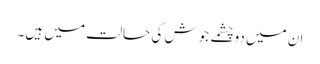
ان میں دوچشمے جوش کی حالت میں ہیں۔